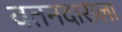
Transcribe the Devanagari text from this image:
वतनदाराला